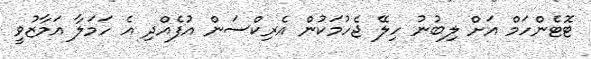
ޓޮޓެންހަމް އަށް ލިބުނު ހިލޭ ޖެހުމަކުން އެރިކްސަން އުފެއްދި އެ ހަމަލާ އަމާޒުވީ